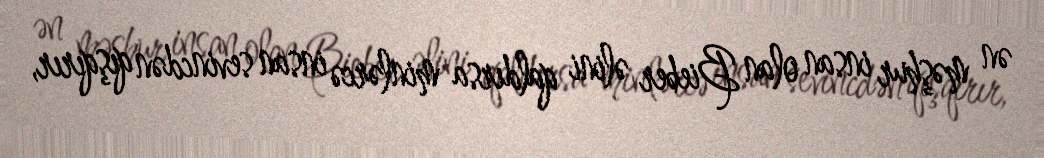
ən məşhur insan olan Bieber əlini qaldırsa minlərcə insan sevincdən qışqırır,